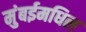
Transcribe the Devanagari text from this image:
मुंबईमधिल